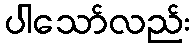
ပါသော်လည်း